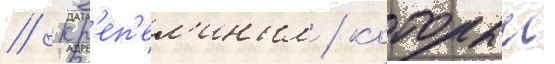
// Кр'еп'ел'иным / которыи